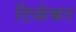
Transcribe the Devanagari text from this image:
टिळेकर